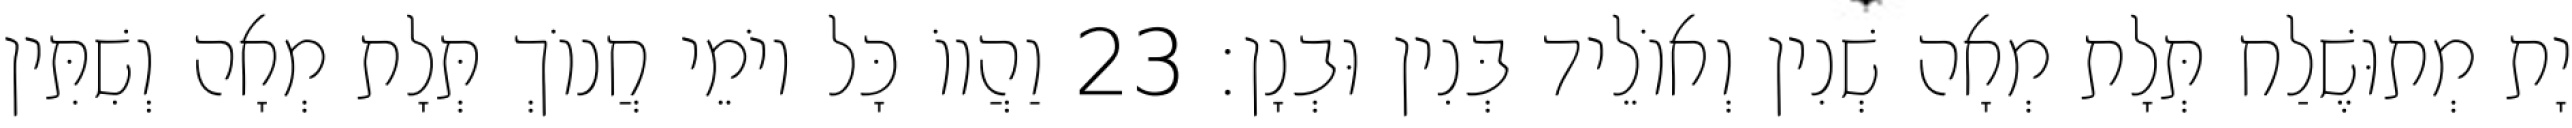
יָת מְתוּשֶׁלַח תְּלָת מְאָה שְׁנִין וְאוֹלֵיד בְּנִין וּבְנָן׃ 23 וַהֲווֹ כָּל יוֹמֵי חֲנוֹךְ תְּלָת מְאָה וְשִׁתִּין